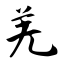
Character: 羌